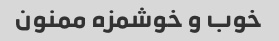
خوب و خوشمزه ممنون